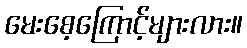
မေးစေ့ကြောင့်များလား။